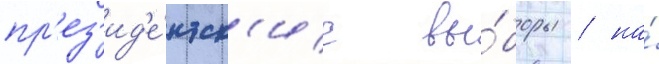
пр'ез'ид'е́нтск'ие вы́боры / на́